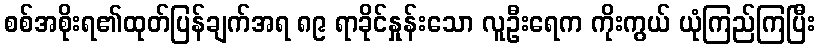
စစ်အစိုးရ၏ထုတ်ပြန်ချက်အရ ၈၉ ရာခိုင်နှုန်းသော လူဦးရေက ကိုးကွယ် ယုံကြည်ကြပြီး